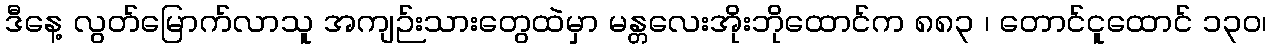
ဒီနေ့ လွတ်မြောက်လာသူ အကျဉ်းသားတွေထဲမှာ မန္တလေးအိုးဘိုထောင်က ၈၈၃ ၊ တောင်ငူထောင် ၁၃၀၊